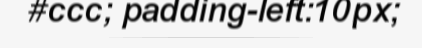
#ccc; padding-left:10px;